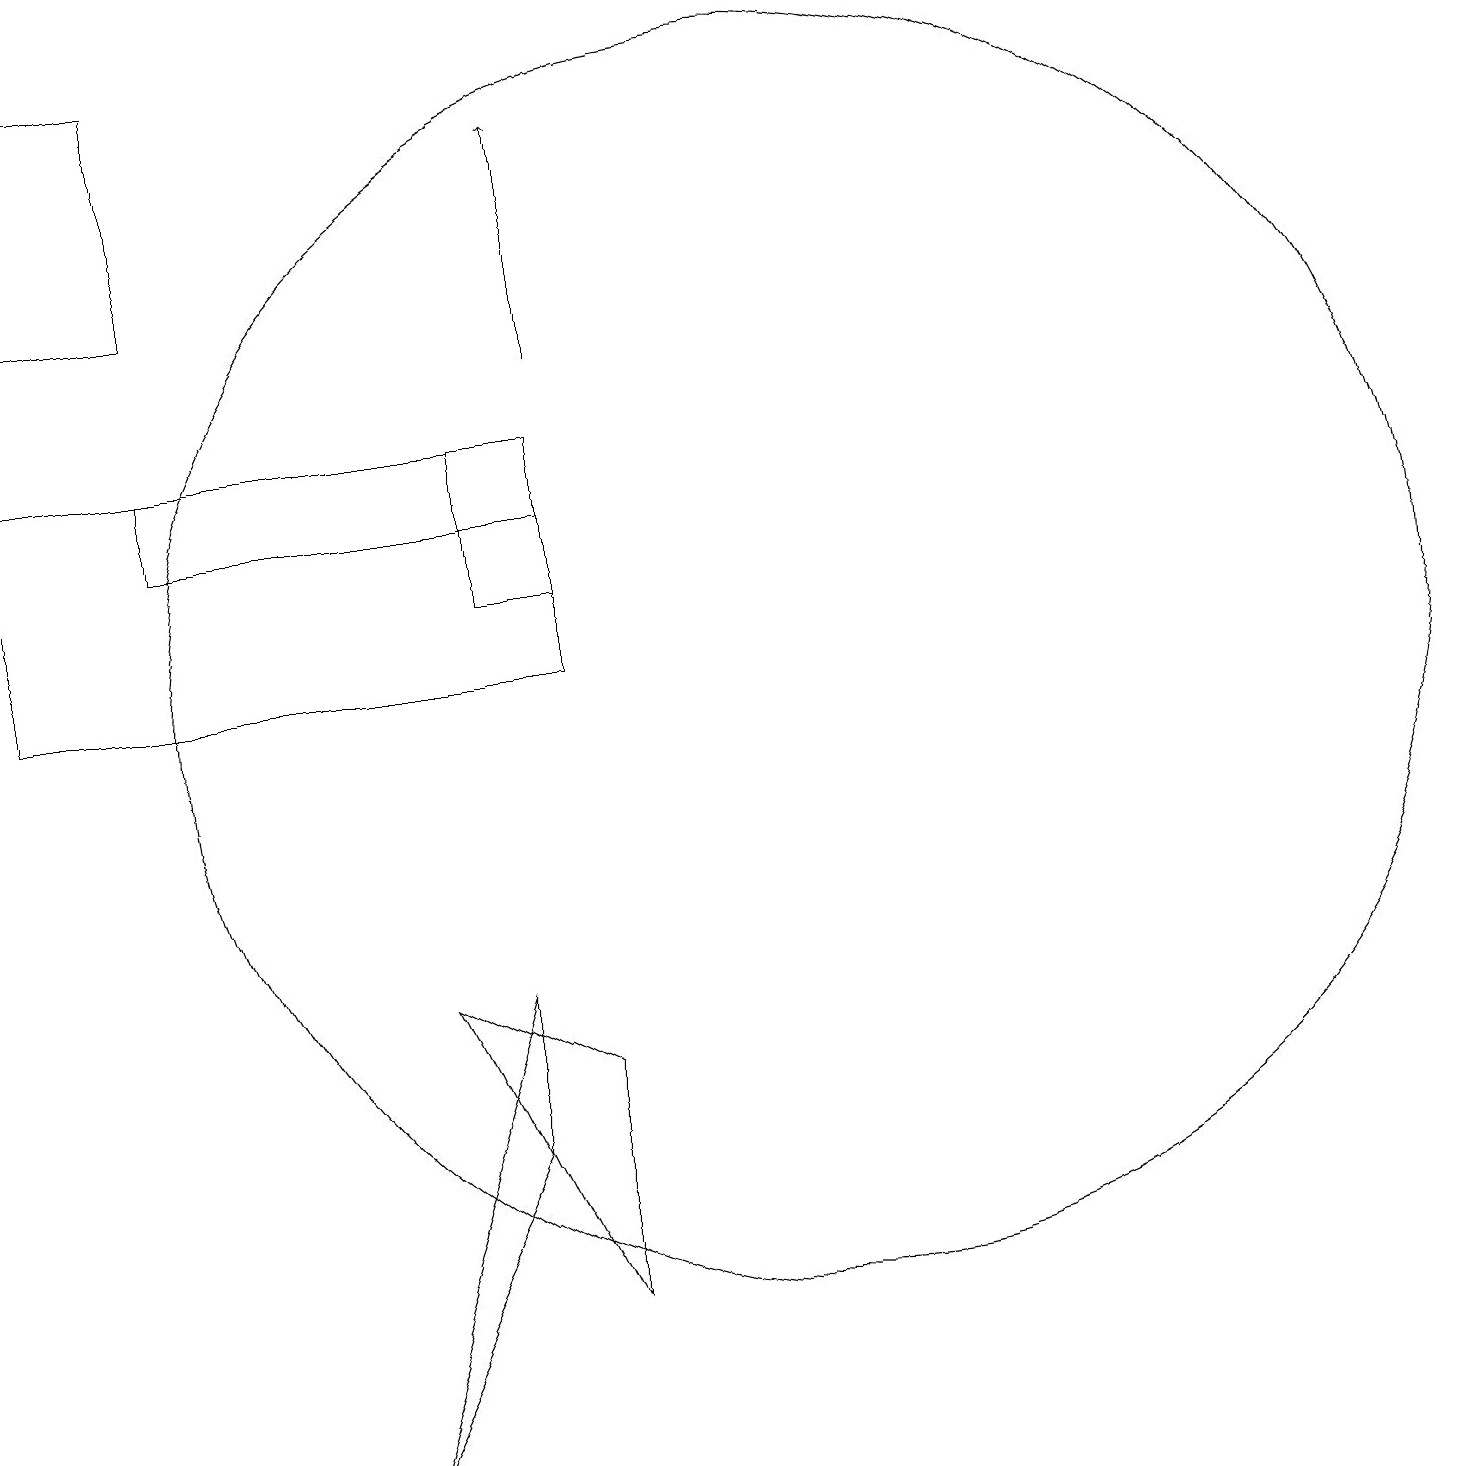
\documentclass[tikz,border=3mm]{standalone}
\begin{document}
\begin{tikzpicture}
\draw (10,10) circle (8);
\draw[->] (7,14) -- (7,17);
\draw (6,11) rectangle (7,12);
\draw (7,13) rectangle (0,10);
\draw (5,6) -- (7,5) -- (7,2) -- cycle;
\draw (0,15) rectangle (2,18);
\draw (2,12) rectangle (6,13);
\draw (6,6) -- (4,0) -- (6,4) -- cycle;
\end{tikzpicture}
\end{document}